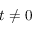
t \neq 0